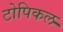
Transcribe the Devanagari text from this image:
टोपिकल